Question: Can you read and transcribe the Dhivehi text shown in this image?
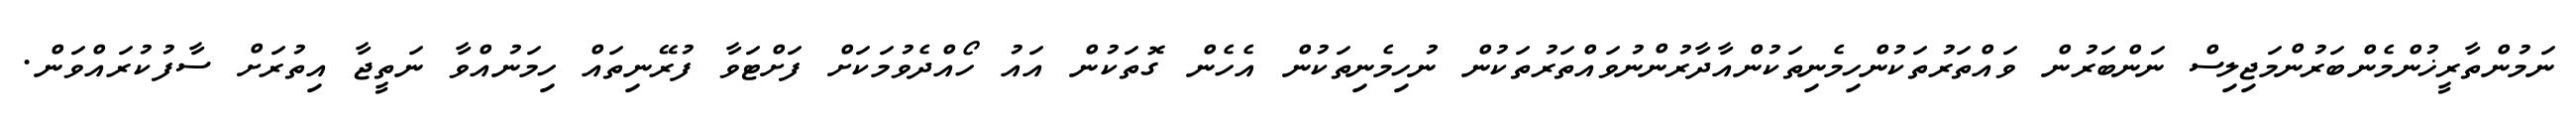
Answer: ނަމުންތާރީޚުންމެންބަރުންމަޖިލިސް ނަންބަރުން ވައްތަރުތަކުންހިމެނިތަކުންއާދާރުންނުވައްތަރުތަކުން ނުހިމެނިތަކުން އެހެން ގޮތަކުން އައު ހޯއްދެވުމަކަށް ފަށްޓަވާ ފުރޭނިތައް ހިމަނުއްވާ ނަތީޖާ އިތުރަށް ސާފުކުރައްވަން.